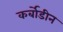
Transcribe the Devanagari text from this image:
कर्बोडीन